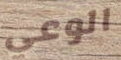
الوعي